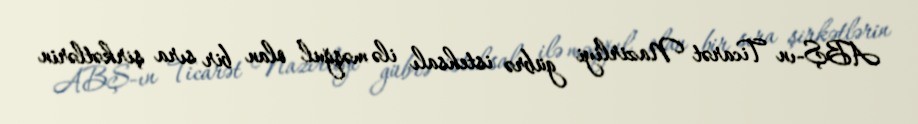
ABŞ-ın Ticarət Nazirliyi gübrə istehsalı ilə məşğul olan bir sıra şirkətlərin